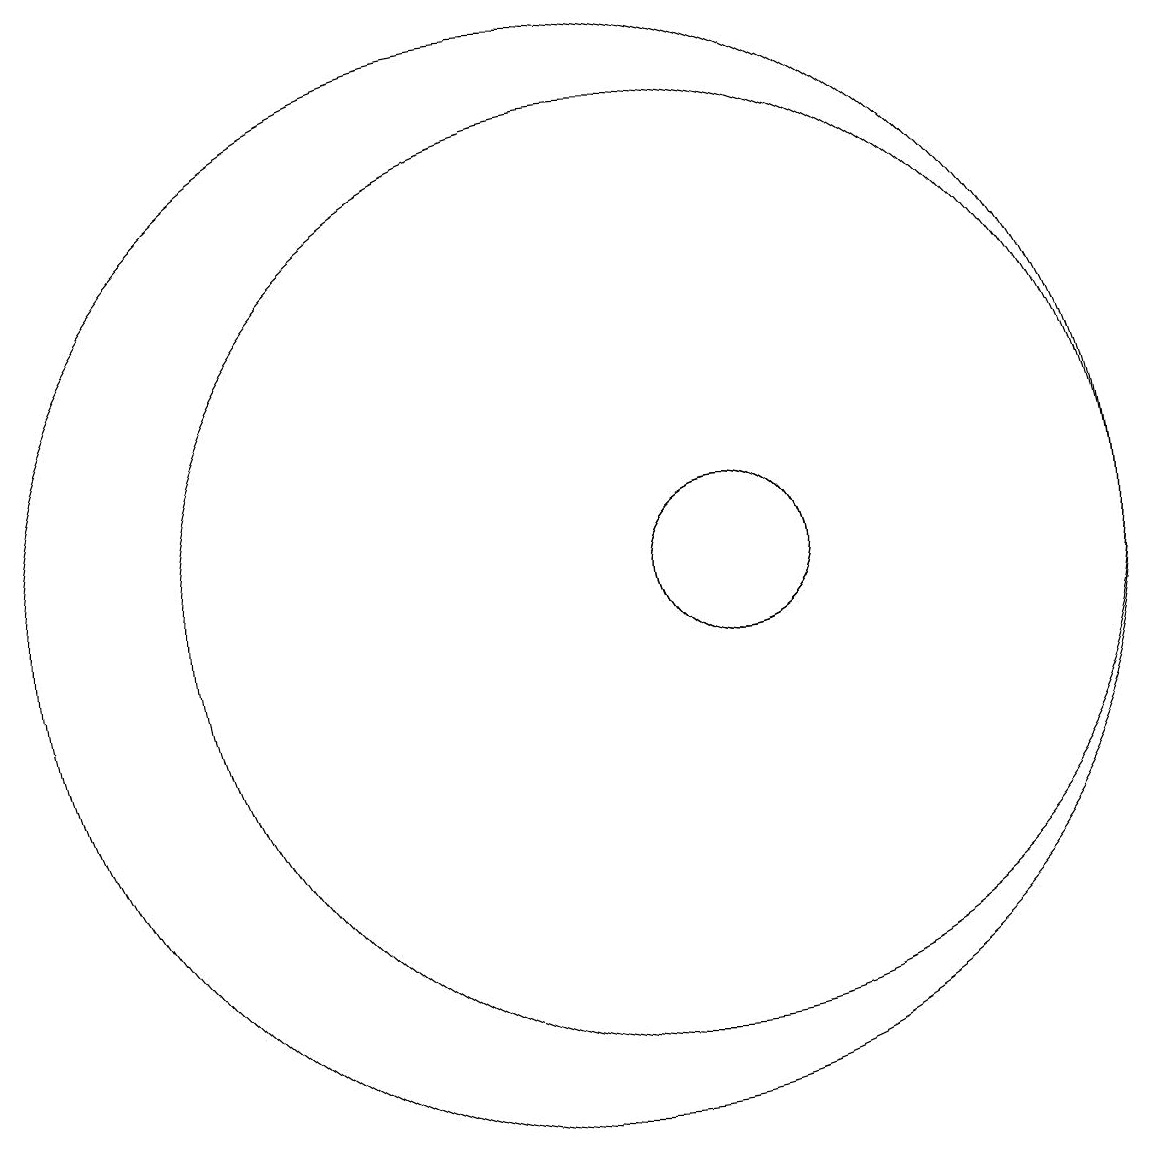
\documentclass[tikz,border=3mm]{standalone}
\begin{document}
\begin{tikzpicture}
\draw (12,10) circle (1);
\draw (10,10) circle (7);
\draw (12,10) circle (1);
\draw (11,10) circle (6);
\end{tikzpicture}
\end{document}